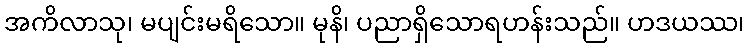
အကိလာသု၊ မပျင်းမရိသော။ မုနိ၊ ပညာရှိသောရဟန်းသည်။ ဟဒယဿ၊